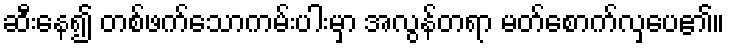
ဆီးနေ၍ တစ်ဖက်သောကမ်းပါးမှာ အလွန်တရာ မတ်စောက်လှပေ၏။